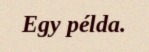
Egy példa.